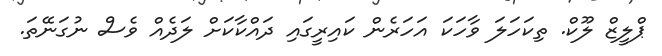
ޕްލީޒް ލޫކް. ތިކަހަލަ ވާހަކަ އަހަރެން ކައިރީގައި ދައްކާކަށް ލަދެއް ވެސް ނުގަނޭތަ.